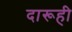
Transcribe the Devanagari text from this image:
दारूही